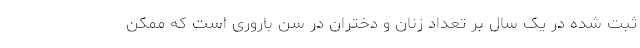
ثبت شده در یک سال بر تعداد زنان و دختران در سن باروری است که ممکن